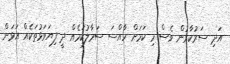
އަދި ސަރުކާރުން ވެސް މި ކަމަށް ހާއްސަ ސަމާލުކަމެއް ދީ ފިޔަވަޅުތަކެއް އަޅަން